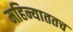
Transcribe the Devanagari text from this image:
महिन्याततच